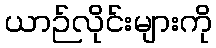
ယာဉ်လိုင်းများကို